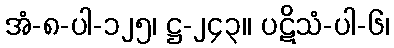
အံ-၈-ပါ-၁၂၅၊ ဋ္ဌ-၂၄၃။ ပဋိသံ-ပါ-၆၊